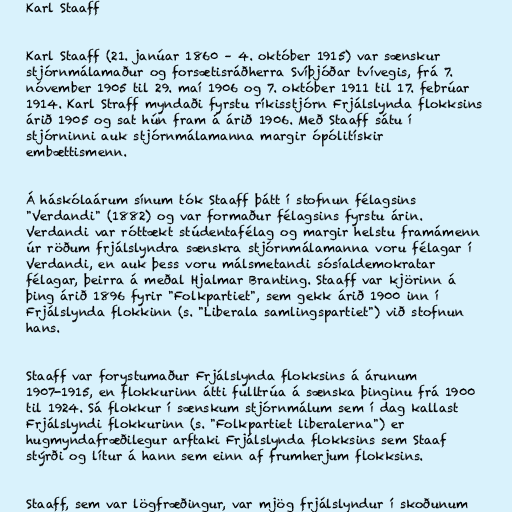
Karl Staaff

Karl Staaff (21. janúar 1860 – 4. október 1915) var sænskur
stjórnmálamaður og forsætisráðherra Svíþjóðar tvívegis, frá 7.
nóvember 1905 til 29. maí 1906 og 7. október 1911 til 17. febrúar
1914. Karl Straff myndaði fyrstu ríkisstjórn Frjálslynda flokksins
árið 1905 og sat hún fram á árið 1906. Með Staaff sátu í
stjórninni auk stjórnmálamanna margir ópólitískir
embættismenn.

Á háskólaárum sínum tók Staaff þátt í stofnun félagsins
"Verdandi" (1882) og var formaður félagsins fyrstu árin.
Verdandi var róttækt stúdentafélag og margir helstu framámenn
úr röðum frjálslyndra sænskra stjórnmálamanna voru félagar í
Verdandi, en auk þess voru málsmetandi sósíaldemokratar
félagar, þeirra á meðal Hjalmar Branting. Staaff var kjörinn á
þing árið 1896 fyrir "Folkpartiet", sem gekk árið 1900 inn í
Frjálslynda flokkinn (s. "Liberala samlingspartiet") við stofnun
hans.

Staaff var forystumaður Frjálslynda flokksins á árunum
1907-1915, en flokkurinn átti fulltrúa á sænska þinginu frá 1900
til 1924. Sá flokkur í sænskum stjórnmálum sem í dag kallast
Frjálslyndi flokkurinn (s. "Folkpartiet liberalerna") er
hugmyndafræðilegur arftaki Frjálslynda flokksins sem Staaf
stýrði og lítur á hann sem einn af frumherjum flokksins.

Staaff, sem var lögfræðingur, var mjög frjálslyndur í skoðunum